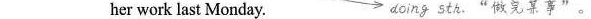
___her work last Monday. doing sth."做完某事"。